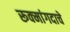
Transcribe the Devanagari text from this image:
रूक्मांगदाचे